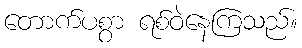
တောက်ပစွာ ရစ်ဝဲနေကြသည်။